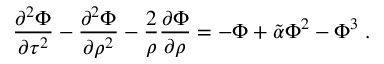
{ \frac { \partial ^ { 2 } \Phi } { \partial \tau ^ { 2 } } } - { \frac { \partial ^ { 2 } \Phi } { \partial \rho ^ { 2 } } } - { \frac { 2 } { \rho } } { \frac { \partial \Phi } { \partial \rho } } = - \Phi + \tilde { \alpha } \Phi ^ { 2 } - \Phi ^ { 3 } \; .